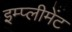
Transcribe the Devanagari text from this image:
इम्प्लीमेंट